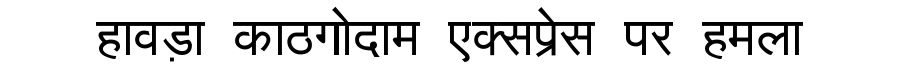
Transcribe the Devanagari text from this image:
हावड़ा काठगोदाम एक्सप्रेस पर हमला